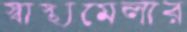
স্বাস্থ্যমেলার